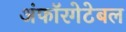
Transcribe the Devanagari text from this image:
अंफॉरगेटेबल